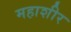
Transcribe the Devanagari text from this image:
महाशीर